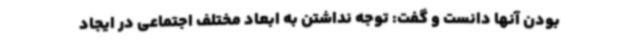
بودن آنها دانست و گفت: توجه نداشتن به ابعاد مختلف اجتماعی در ایجاد